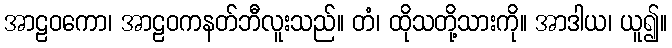
အာဠဝကော၊ အာဠဝကနတ်ဘီလူးသည်။ တံ၊ ထိုသတို့သားကို။ အာဒါယ၊ ယူ၍။